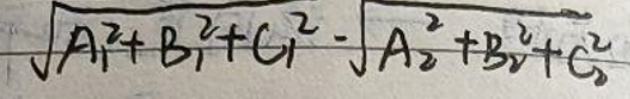
$\sqrt {A_{1}^{2}+B_{1}^{2}+C_{1}^{2}}-\sqrt {A_{2}^{2}+B_{2}^{2}+C_{2}^{2}}$